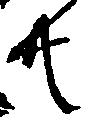
共